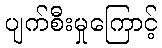
ပျက်စီးမှုကြောင့်